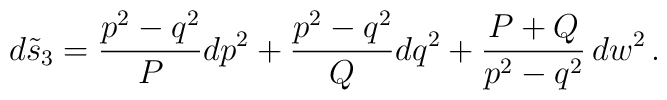
d\tilde{s}_3 = { p^2 - q^2 \over P} dp^2 + {p^2 - q^2 \over Q}dq^2 +	{{P+Q} \over p^2 -q^2} \,dw^2\,.